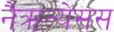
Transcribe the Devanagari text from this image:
नैऋत्येसस